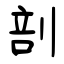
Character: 剖